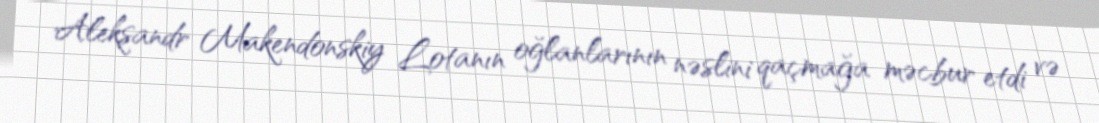
Aleksandr Makendonskiy Lotanın oğlanlarının nəslini qaçmağa məcbur etdi və